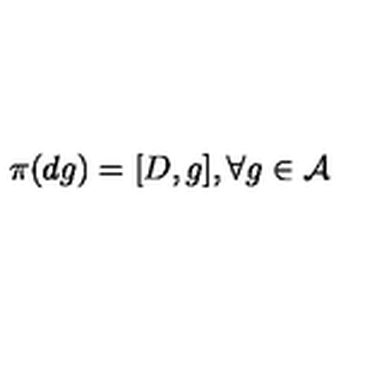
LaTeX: \pi ( d g ) = [ D , g ] , \forall g \in { \cal A }